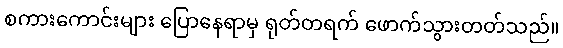
စကားကောင်းများ ပြောနေရာမှ ရုတ်တရက် ဖောက်သွားတတ်သည်။